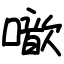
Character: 噷